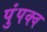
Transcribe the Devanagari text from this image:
पुंपक्व